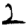
Digit: 2